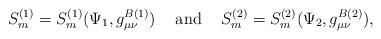
LaTeX: \begin{align*}S_m^{(1)} = S_m^{(1)}(\Psi_1,g^{B(1)}_{\mu\nu}) \hspace{0.5cm} {\rm and}\hspace{0.5cm} S_m^{(2)} = S_m^{(2)}(\Psi_2,g^{B(2)}_{\mu\nu}),\end{align*}